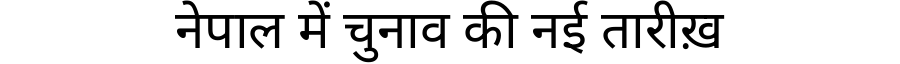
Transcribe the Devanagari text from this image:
नेपाल में चुनाव की नई तारीख़